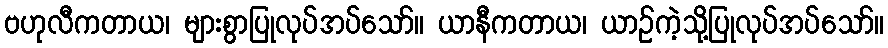
ဗဟုလီကတာယ၊ များစွာပြုလုပ်အပ်သော်။ ယာနီကတာယ၊ ယာဉ်ကဲ့သို့ပြုလုပ်အပ်သော်။